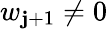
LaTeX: w_{\mathbf{j}+1}\neq0